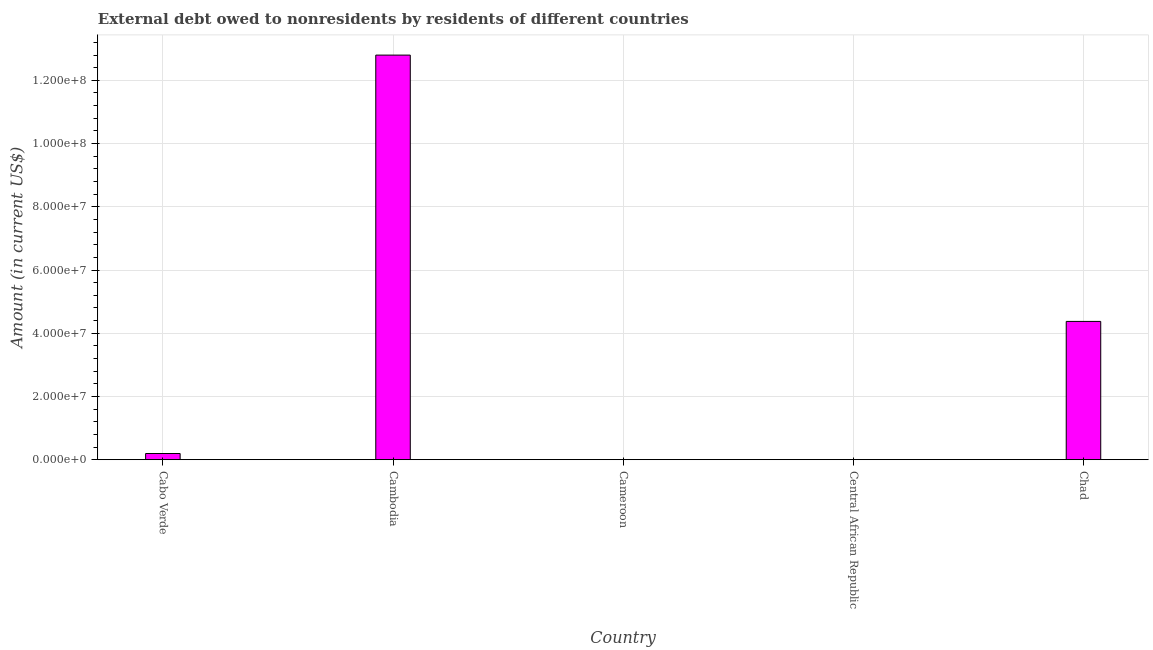
| Country | Debt |
 | --- | --- |
 | Cabo Verde | 1.96e+06 |
 | Cambodia | 1.28e+08 |
 | Cameroon | -2.1e+07 |
 | Central African Republic | -1.38e+07 |
 | Chad | 4.37e+07 |